Regulations for the medical services of the Army of India
Year: 1930
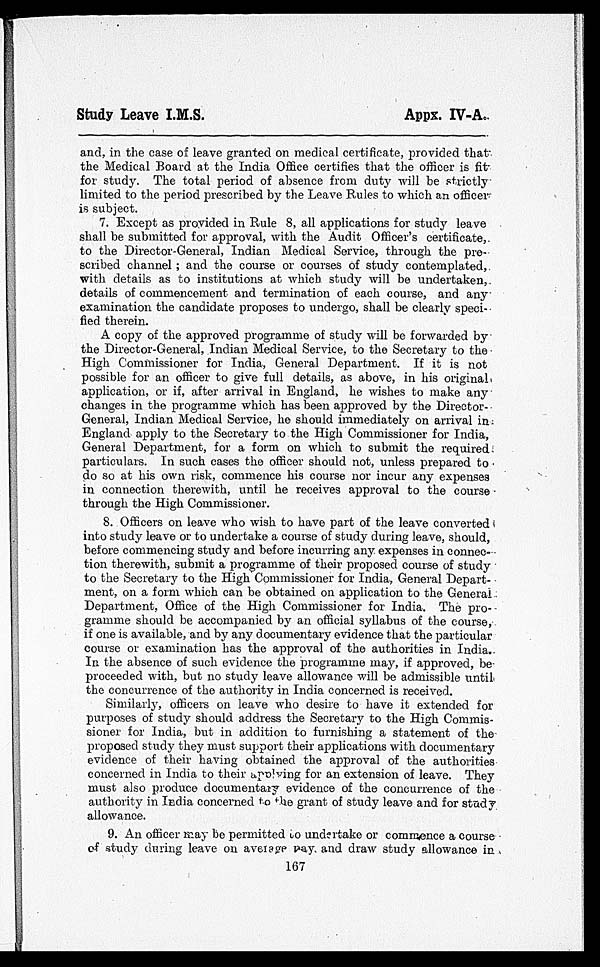
Study Leave I.M.S.
Appx. IV-A.
and, in the case of leave granted on medical certificate, provided that
the Medical Board at the India Office certifies that the officer is fit
for study. The total period of absence from duty will be strictly
limited to the period prescribed by the Leave Rules to which an officer
is subject.
7. Except as provided in Rule 8, all applications for study leave
shall be submitted for approval, with the Audit Officer’s certificate,.
to the Director-General, Indian Medical Service, through the pre-
scribed channel ; and the course or courses of study contemplated,
with details as to institutions at which study will be undertaken,.
details of commencement and termination of each course, and any-
examination the candidate proposes to undergo, shall be clearly speci-
fied therein.
A copy of the approved programme of study will be forwarded by
the Director-General, Indian Medical Service, to the Secretary to the
High Commissioner for India, General Department. If it is not
possible for an officer to give full details, as above, in his original,
application, or if, after arrival in England, he wishes to make any
changes in the programme which has been approved by the Director-
General, Indian Medical Service, he should immediately on arrival in
England apply to the Secretary to the High Commissioner for India,
General Department, for a form on which to submit the required
particulars. In such cases the officer should not, unless prepared to
do so at his own risk, commence his course nor incur any expenses
in connection therewith, until he receives approval to the course-
through the High Commissioner.
8. Officers on leave who wish to have part of the leave converted
into study leave or to undertake a course of study during leave, should,
before commencing study and before incurring any expenses in connec-
tion therewith, submit a programme of their proposed course of study
to the Secretary to the High Commissioner for India, General Depart-
meat, on a form which can be obtained on application to the General
Department, Office of the High Commissioner for India. The pro-
gramme should be accompanied by an official syllabus of the course,
if one is available, and by any documentary evidence that the particular
course or examination has the approval of the authorities in India.
In the absence of such evidence the programme may, if approved, be
proceeded with, but no study leave allowance will be admissible until,
the concurrence of the authority in India concerned is received.
Similarly, officers on leave who desire to have it extended for
purposes of study should address the Secretary to the High Commis-
sioner for India, but in addition to furnishing a statement of the
proposed study they must support their applications with documentary
evidence of their having obtained the approval of the authorities
concerned in India to their applying for an extension of leave. They
must also produce documentary evidence of the concurrence of the
authority in India concerned to the grant of study leave and for study
allowance.
9. An officer may be permitted to undertake or commence a course
of study during leave on awl age Pay, and draw study allowance in
167